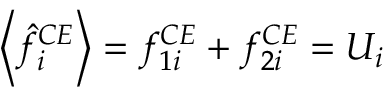
\left\langle \hat { f } _ { i } ^ { C E } \right\rangle = f _ { 1 i } ^ { C E } + f _ { 2 i } ^ { C E } = U _ { i }